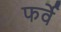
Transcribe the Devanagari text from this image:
फर्वे